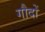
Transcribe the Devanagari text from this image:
गौदों